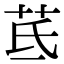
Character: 茋